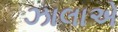
ઝાલાએ